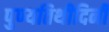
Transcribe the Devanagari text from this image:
पुण्यतिथीदिनी